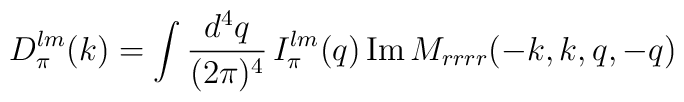
D_{\pi}^{lm}(k) = \int{d^4q\over (2\pi)^4}\,I_{\pi}^{lm}(q)\,                     {\rm Im\, }M_{rrrr}(-k,k,q,-q)